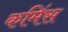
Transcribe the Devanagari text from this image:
कमिंस